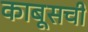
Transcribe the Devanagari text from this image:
काबूसची